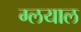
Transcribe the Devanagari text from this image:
ग्लयाल